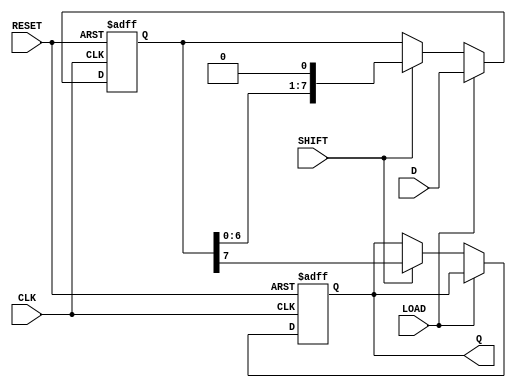
module dynamic_piso #(
    parameter WIDTH = 8  // Parameter for the width of the data input
)(
    input wire [WIDTH-1:0] D,     // Parallel data inputs
    input wire LOAD,               // Load control signal
    input wire SHIFT,              // Shift control signal
    input wire CLK,                // Clock signal
    input wire RESET,              // Asynchronous reset signal
    output reg Q                  // Serial output
);

    // Internal storage for the PISO register
    reg [WIDTH-1:0] shift_reg;     // Shift register to hold the data

    always @(posedge CLK or posedge RESET) begin
        if (RESET) begin
            // Clear the shift register on reset
            shift_reg <= 0;
            Q <= 0;                 // Clear output as well
        end else begin
            if (LOAD) begin
                // Load data into the shift register
                shift_reg <= D;
            end else if (SHIFT) begin
                // Shift the data serially
                Q <= shift_reg[WIDTH-1];  // Output the MSB
                shift_reg <= {shift_reg[WIDTH-2:0], 1'b0}; // Shift left
            end
        end
    end

endmodule